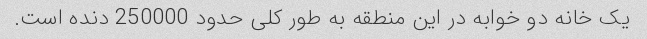
یک خانه دو خوابه در این منطقه به طور کلی حدود 250000 دنده است.